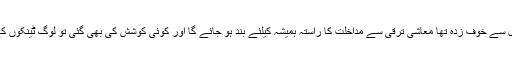
مقامی مافیا ترکی کے ماڈل سے خوف زدہ تھا معاشی ترقی سے مداخلت کا راستہ ہمیشہ کیلئے بند ہو جائے گا اور کوئی کوشش کی بھی گئی تو لوگ ٹینکوں کے سامنے لیٹ جائیں گے ۔